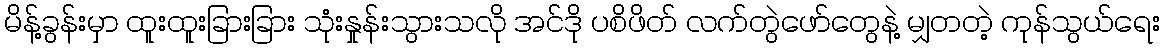
မိန့်ခွန်းမှာ ထူးထူးခြားခြား သုံးနှုန်းသွားသလို အင်ဒို ပစိဖိတ် လက်တွဲဖော်တွေနဲ့ မျှတတဲ့ ကုန်သွယ်ရေး